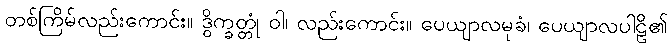
တစ်ကြိမ်လည်းကောင်း။ ဒွိက္ခတ္တုံ ဝါ၊ လည်းကောင်း။ ပေယျာလမုခံ၊ ပေယျာလပါဠိ၏